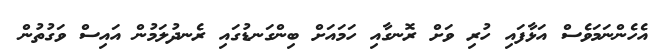
އެހެންނަމަވެސް އަޅާފައި ހުރި ވަށް ރޮނގާއި ހަމައަށް ބިންގަނޑުގައި ރެނދުލަމުން އައިސް ވަގުތުން